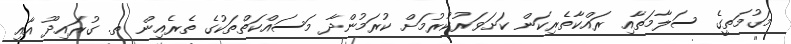
މަގުމަތީގެ ސަލާމަތާއި ރައްކާތެރިކަން ކަށަވަރުކުރުމަށް ކުރަމުންދާ މަސައްކަތްތަކުގެ ތެރެއިން ތ. ގުރައިދޫ އާއި